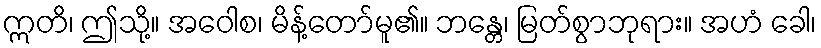
ဣတိ၊ ဤသို့။ အဝေါစ၊ မိန့်တော်မူ၏။ ဘန္တေ၊ မြတ်စွာဘုရား။ အဟံ ခေါ၊